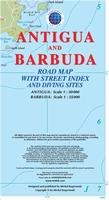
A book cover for Antigua and Barbuda Road Map with Street Index and Diving Sites; Michal Kasprowski; Travel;